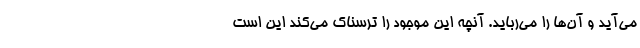
می‌آید و آن‌ها را می‌رباید. آنچه این موجود را ترسناک می‌کند این است